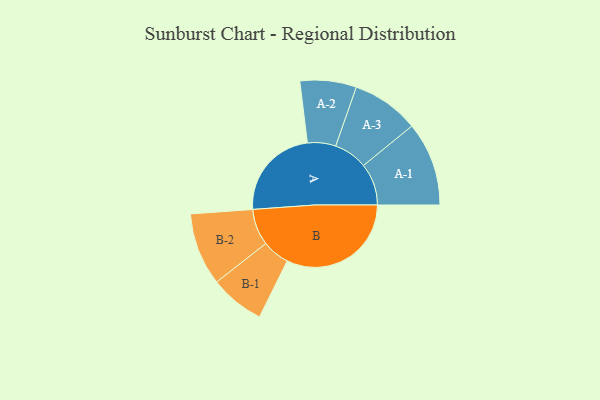
{"axis": {"x": "Segment", "y": "Value"}, "legend": ["", "A", "B"], "data": [{"x": "A", "y": 351, "type": ""}, {"x": "B", "y": 469, "type": ""}, {"x": "A-1", "y": 158, "type": "A"}, {"x": "A-2", "y": 106, "type": "A"}, {"x": "A-3", "y": 127, "type": "A"}, {"x": "B-1", "y": 103, "type": "B"}, {"x": "B-2", "y": 137, "type": "B"}]}